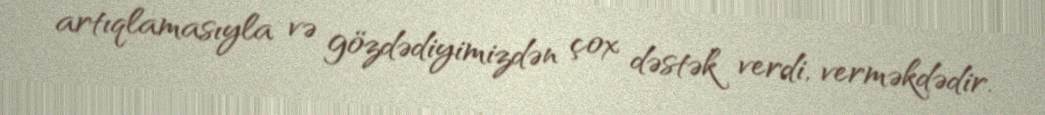
artıqlamasıyla və gözdədiyimizdən çox dəstək verdi, verməkdədir.